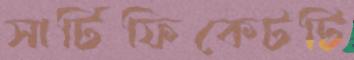
সার্টিফিকেটটি